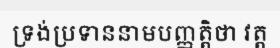
ទ្រង់ប្រទាននាមបញ្ញត្តិថា វត្ត